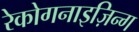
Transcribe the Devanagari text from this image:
रेकोगनाइज़िन्ग